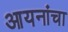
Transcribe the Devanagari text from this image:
आयनांचा